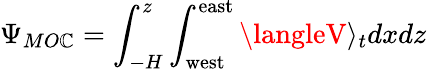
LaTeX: \Psi_{MO\mathbb{C}}=\int_{-H}^{z}\int_{\mathrm{{west}}}^{\mathrm{{east}}}\langleV\rangle_{t}dxdz